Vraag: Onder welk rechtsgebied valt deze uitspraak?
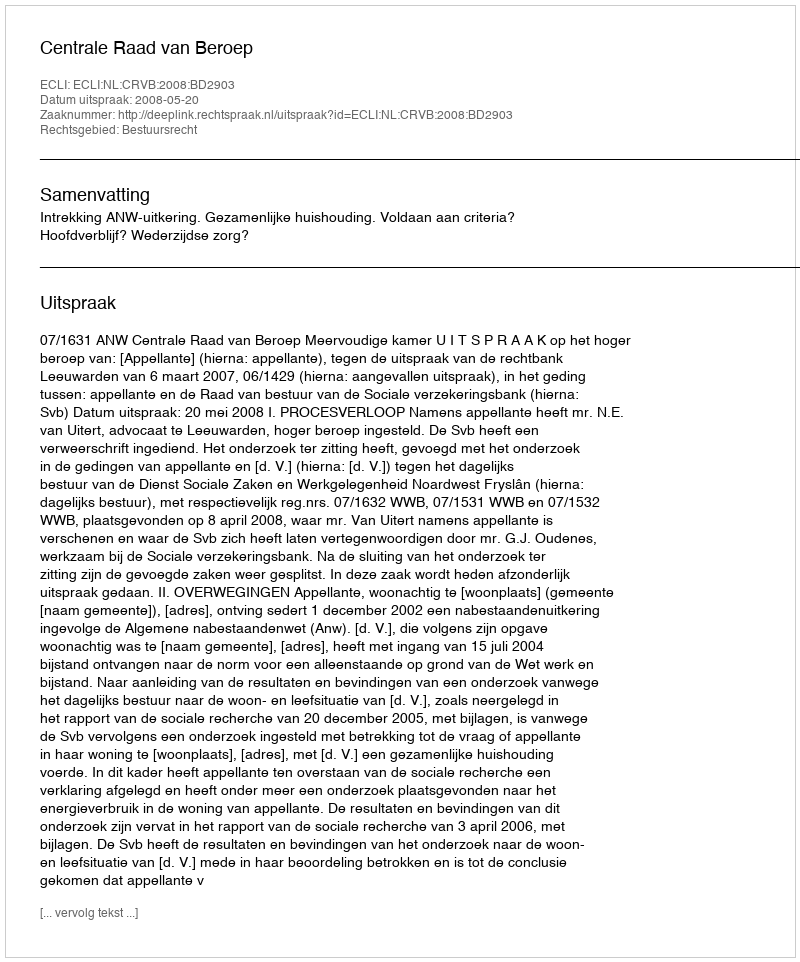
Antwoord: Bestuursrecht